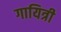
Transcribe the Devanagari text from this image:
गायित्री